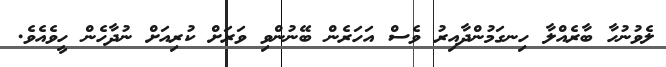
ލެވުނުހާ ބާރެއްލާ ހިނގަމުންދާއިރު ވެސް އަހަރެން ބޭނުންވި ވަރަށް ކުރިއަށް ނުދާހެން ހީވެއެވެ.